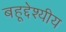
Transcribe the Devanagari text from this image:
बहूद्देश्यीय